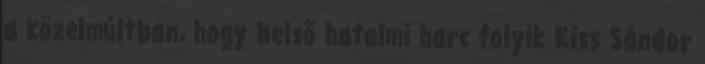
a közelmúltban, hogy belső hatalmi harc folyik Kiss Sándor